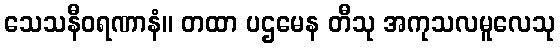
သေသနီဝရဏာနံ။ တထာ ပဌမေန တီသု အကုသလမူလေသု